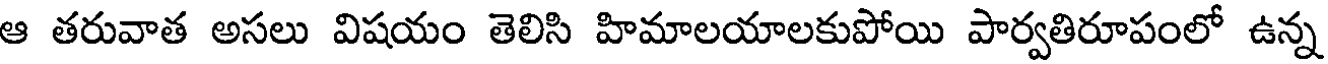
ఆ తరువాత అసలు విషయం తెలిసి హిమాలయాలకుపోయి పార్వతిరూపంలో ఉన్న